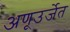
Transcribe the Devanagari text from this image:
अणूउर्जेत